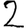
Digit: 2